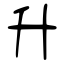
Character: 升